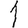
Digit: 1